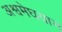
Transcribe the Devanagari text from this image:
अश्वमेघयाग